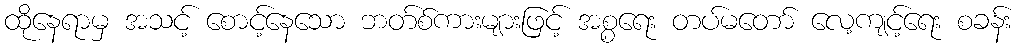
ထိုနေရာမှ အသင့် စောင့်နေသော ဘတ်စ်ကားများဖြင့် အစ္စရေး တပ်မတော် လေ့ကျင့်ရေး စခန်း